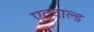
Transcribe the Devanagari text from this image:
एटवाल्ड